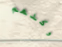
وكلهم